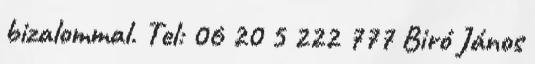
bizalommal. Tel: 06 20 5 222 777 Biró János